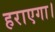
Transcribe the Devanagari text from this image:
हराएगा।